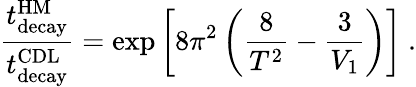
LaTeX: {\frac{t_{\mathrm{decay}}^{\mathrm{HM}}}{t_{\mathrm{decay}}^{\mathrm{CDL}}}}=\exp\left[8\pi^{2}\left({\frac{8}{T^{2}}}-{\frac{3}{V_{1}}}\right)\right]\ .